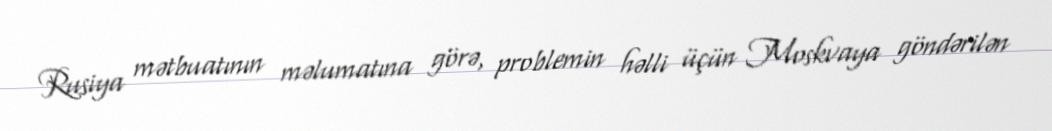
Rusiya mətbuatının məlumatına görə, problemin həlli üçün Moskvaya göndərilən